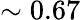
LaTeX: \sim 0.67